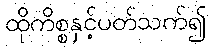
ထိုကိစ္စနှင့်ပတ်သက်၍